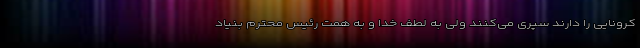
کرونایی را دارند سپری می‌کنند ولی به لطف خدا و به همت رئیس محترم بنیاد